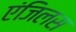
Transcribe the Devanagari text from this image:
एंजिलस